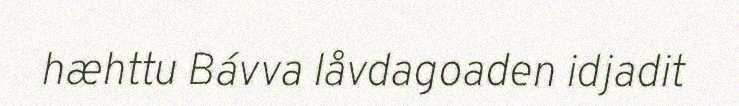
hæhttu Bávva låvdagoaden idjadit